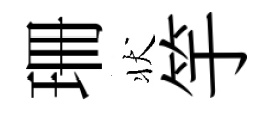
珊状竽